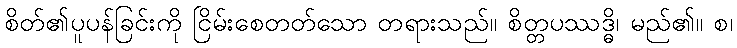
စိတ်၏ပူပန်ခြင်းကို ငြိမ်းစေတတ်သော တရားသည်။ စိတ္တပဿဒ္ဓိ၊ မည်၏။ စ၊